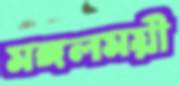
মঙ্গলময়ী